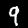
Label: 9